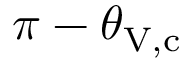
\pi - \theta _ { \mathrm { V , c } }